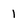
Character: 1